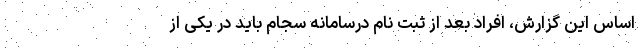
اساس این گزارش، افراد بعد از ثبت نام درسامانه سجام باید در یکی از